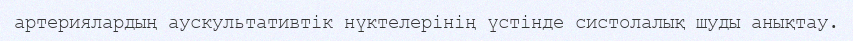
артериялардың аускультативтік нүктелерінің үстінде систолалық шуды анықтау.